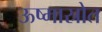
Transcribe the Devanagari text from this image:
ऊष्मास्रोत